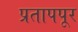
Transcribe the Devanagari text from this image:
प्रतापपूर